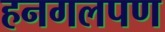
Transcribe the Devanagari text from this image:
हनगलपण